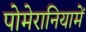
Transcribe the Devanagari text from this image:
पोमेरानियामें